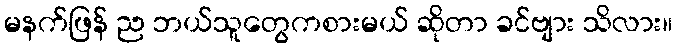
မနက်ဖြန် ည ဘယ်သူတွေကစားမယ် ဆိုတာ ခင်ဗျား သိလား။